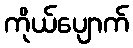
ကိုယ်ပျောက်